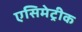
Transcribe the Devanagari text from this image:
एसिमेट्रीक